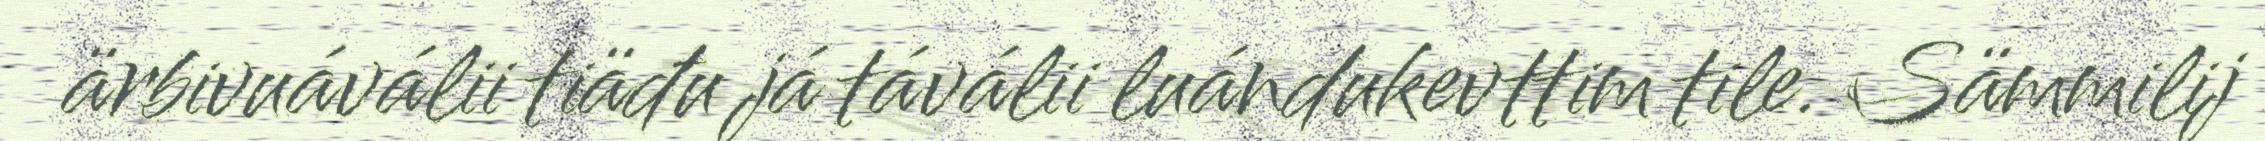
ärbivuáválii tiäđu já táválii luándukevttim tile. Sämmilij